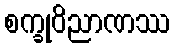
စက္ခုဝိညာဏဿ